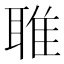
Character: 𬚟